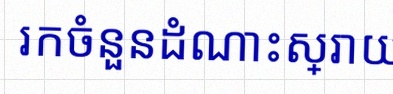
រកចំនួនដំណោះស្រាយ